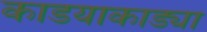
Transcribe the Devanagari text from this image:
काडयाकाड्या